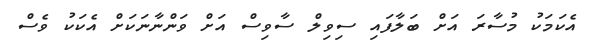
އެކަމަކު މުސާރަ އަށް ބަލާފައި ސިވިލް ސާވިސް އަށް ވަންނާނަކަށް އެކަކު ވެސް